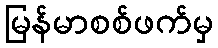
မြန်မာစစ်ဖက်မှ